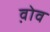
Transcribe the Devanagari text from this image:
व़ोव